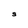
Character: S